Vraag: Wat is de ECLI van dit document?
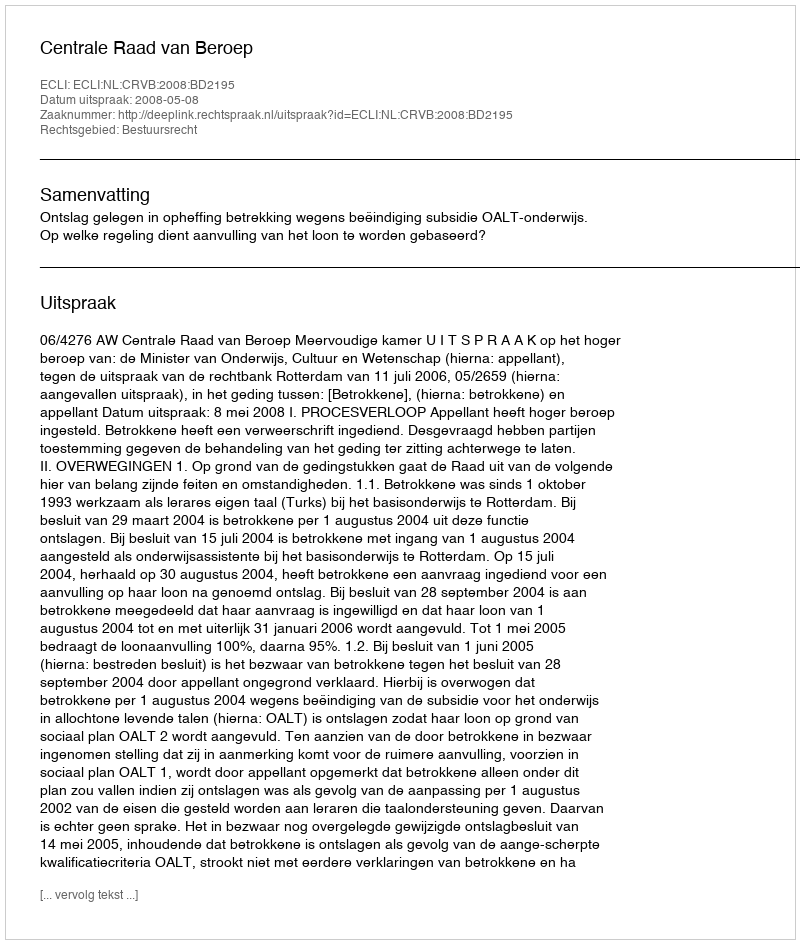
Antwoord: ECLI:NL:CRVB:2008:BD2195